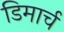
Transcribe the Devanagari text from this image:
डिमार्च